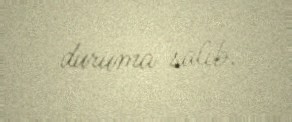
duruma salıb.